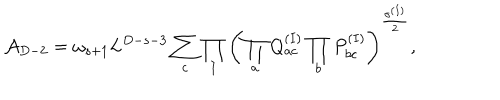
{ \cal A } _ { D - 2 } = \omega _ { s + 1 } L ^ { D - s - 3 } \sum _ { c } \prod _ { I } \left( \prod _ { a } Q _ { a c } ^ { ( I ) } \prod _ { b } P _ { b c } ^ { ( I ) } \right) ^ { \frac { \sigma ^ { ( I ) } } { 2 } } ,